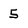
Character: 5